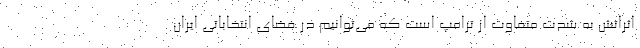
اثراتش به شدت متفاوت از ترامپ است که می‌توانیم در فضای انتخاباتی ایران